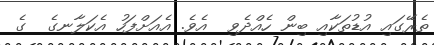
ތެރޭގައި އުޑުތަކާއި ބިން ހެއްދެވި  އެވެ. އެއަށްފަހު އެކަލާނގެ  ގެ